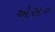
એસ૦